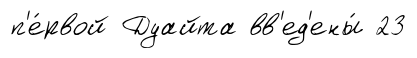
п'е́рвой Дуайта вв'ед'ены́ 23